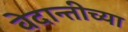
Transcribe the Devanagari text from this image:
वेदान्तीच्या